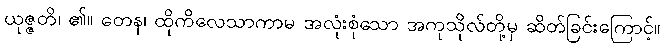
ယုဇ္ဇတိ၊ ၏။ တေန၊ ထိုကိလေသာကာမ အလုံးစုံသော အကုသိုလ်တို့မှ ဆိတ်ခြင်းကြောင့်။